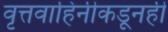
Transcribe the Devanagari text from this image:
वृत्तवाहिनीकडूनही